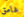
غامق